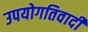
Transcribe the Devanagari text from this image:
उपयोगतिवादी